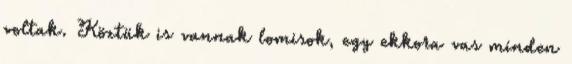
voltak. Köztük is vannak lomisok, egy ekkora vas minden